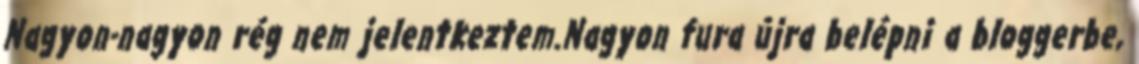
Nagyon-nagyon rég nem jelentkeztem.Nagyon fura újra belépni a bloggerbe,